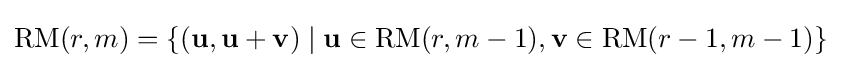
\mathrm {RM} (r,m)=\{(\mathbf {u} ,\mathbf {u} +\mathbf {v} )\mid \mathbf {u} \in \mathrm {RM} (r,m-1),\mathbf {v} \in \mathrm {RM} (r-1,m-1)\}